Document type: Anniversary endowment
Year: 1486
Scribe: Bartomeu Masons
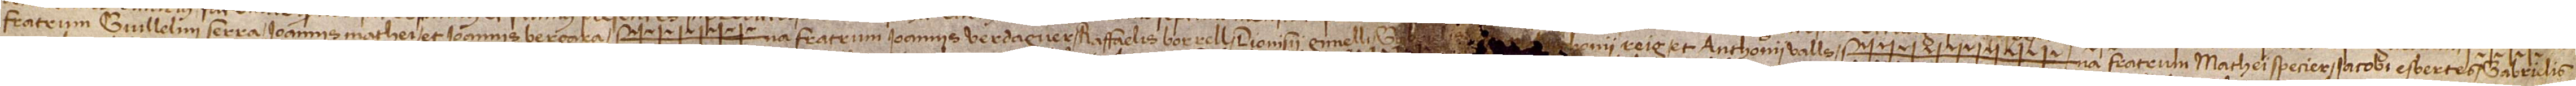
fratrum Guillelmi Serra, Ioannis Mathei et Ioannis Bergara, Sig++++++na fratrum Ioannis Verdaguer, Raffaelis Borrell,  Dionisii Gimelli, Gabrielis [Ianer, Ant]honii Reig et Anthonii Valls, Sig+++++++++na  fratrum Mathei Specier, Iacobi Esbertes, Gabrielis